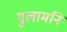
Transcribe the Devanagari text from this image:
गुलामनि